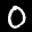
Label: 0